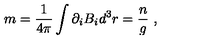
m = \frac { 1 } { 4 \pi } \int { \partial _ { i } B _ { i } d ^ { 3 } r } = \frac { n } { g } \ ,